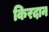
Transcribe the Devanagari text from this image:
किरदान